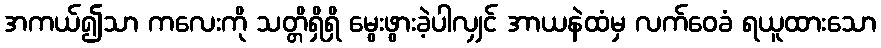
အကယ်၍သာ ကလေးကို သတ္တိရှိရှိ မွေးဖွားခဲ့ပါလျှင် အာယနဲထံမှ လက်ဝေခံ ရယူထားသော